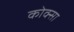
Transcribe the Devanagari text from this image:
कोक्सा